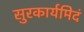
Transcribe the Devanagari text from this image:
सुरकार्यमिदं